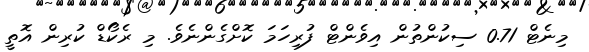
މިނެޓް 0.71 ސިކުންތުން އިވެންޓް ފުރިހަމަ ކޮށްގެންނެވެ. މި ރެކޯޑް ކުރިން އޮތީ